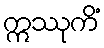
ဣဿုကိံ